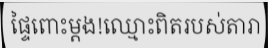
ផ្ទៃពោះម្តង!ឈ្មោះពិតរបស់តារា